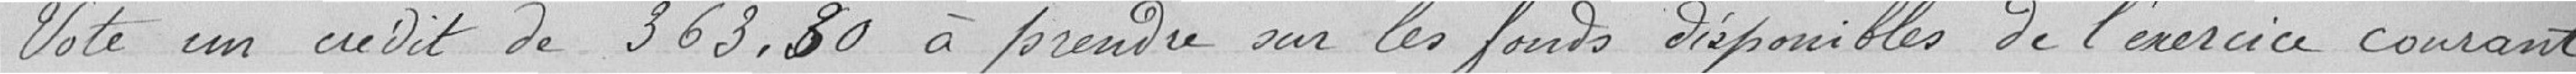
Vote un crédit de 363,30 francs à prendre sur les fonds disponibles de l'exercice courant .